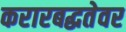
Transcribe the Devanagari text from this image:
करारबद्धतेवर